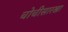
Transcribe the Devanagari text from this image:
चोचीसारखा